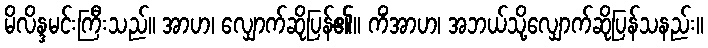
မိလိန္ဒမင်းကြီးသည်။ အာဟ၊ လျှောက်ဆိုပြန်၏။ ကိံအာဟ၊ အဘယ်သို့လျှောက်ဆိုပြန်သနည်း။